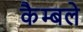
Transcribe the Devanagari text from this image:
कैम्बले